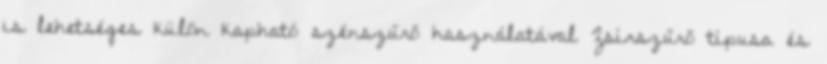
is lehetséges külön kapható szénszűrő használatával Zsírszűrő típusa és